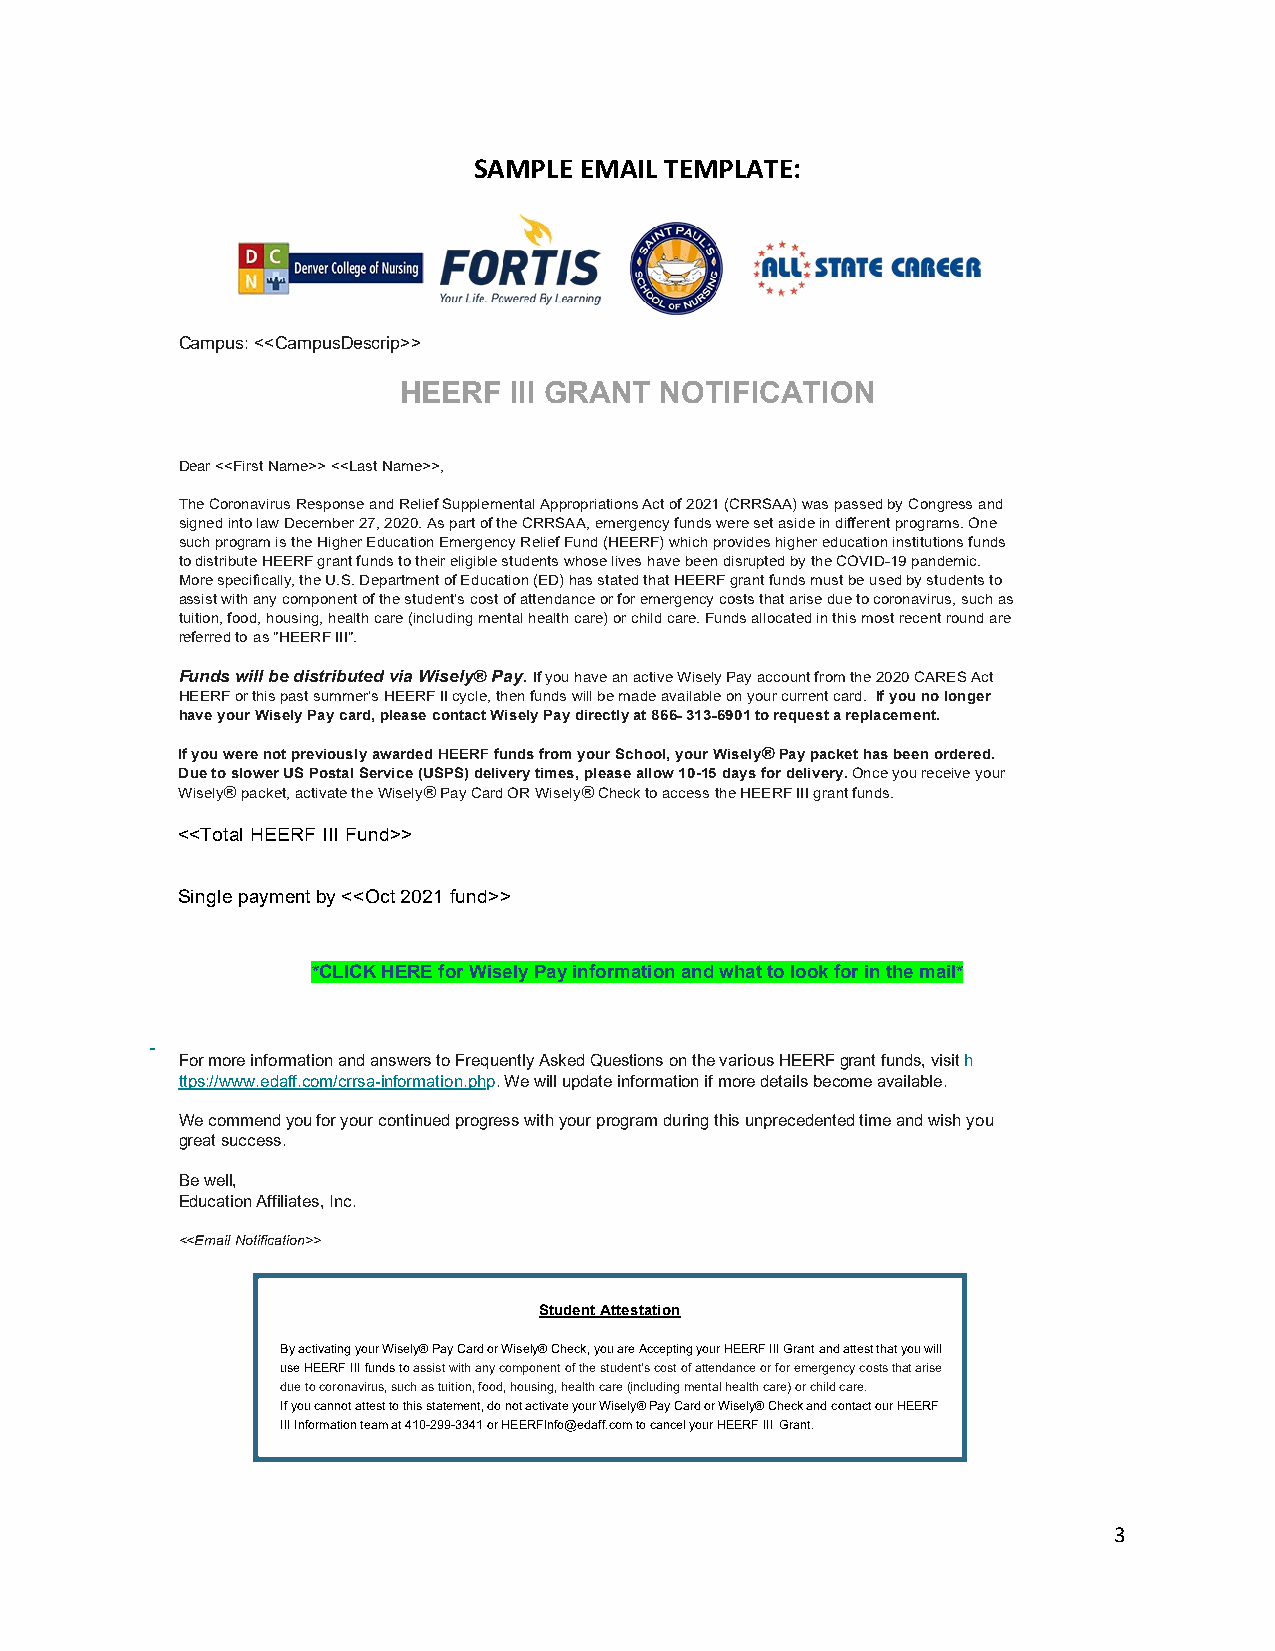
SAMPLE EMAIL TEMPLATE:
 Campus: <<CampusDescrip>>
 HEERF   III GRANT NOTIFICATION
 Dear <<First Name>> <<Last Name>>,
 The Coronavirus Response and Relief Supplemental Appropriations Act of 2021 (CRRSAA) was passed by Congress and
 signed into law December 27, 2020. As part of the CRRSAA, emergency funds were set aside in different programs. One
 such program is the Higher Education Emergency Relief Fund (HEERF) which provides higher education institutions funds
 to distribute HEERF grant funds to their eligible students whose lives have been disrupted by the COVID-19 pandemic.
 More specifically, the U.S. Department of Education (ED) has stated that HEERF grant funds must be used by students to
 assist with any component of the student’s cost of attendance or for emergency costs that arise due to coronavirus, such as
 tuition, food, housing, health care (including mental health care) or child care. Funds allocated in this most recent round are
 referred to as "HEERF III".
 Funds will be distributed via Wisely® Pay. If you have an active Wisely Pay account from the 2020 CARES Act
 HEERF or this past summer's HEERF II cycle, then funds will be made available on your current card. If you no longer
 have your Wisely Pay card, please contact Wisely Pay directly at 866‐ 313‐6901 to request a replacement.
 If you were not previously awarded HEERF funds from your School, your Wisely® Pay packet has been ordered.
 Due to slower US Postal Service (USPS) delivery times, please allow 10-15 days for delivery. Once you receive your
 Wisely® packet, activate the Wisely® Pay Card OR Wisely® Check to access the HEERF III grant funds.
 <<Total HEERF III Fund>>
 Single payment by <<Oct 2021 fund>>
 *CLICK HERE for Wisely Pay information and what to look for in the mail*
 For more information and answers to Frequently Asked Questions on the various HEERF grant funds, visit h
 ttps://www.edaff.com/crrsa-information.php. We will update information if more details become available.
 We commend you for your continued progress with your program during this unprecedented time and wish you
 great success.
 Be well,
 Education Affiliates, Inc.
 <<Email Notification>>
 S tudent Attestation
 By activating your Wisely® Pay Card or Wisely® Check, you are Accepting your HEERF III Grant and attest that you will
 use HEERF III funds to assist with any component of the student’s cost of attendance or for emergency costs that arise
 due to coronavirus, such as tuition, food, housing, health care (including mental health care) or child care.
 If you cannot attest to this statement, do not activate your Wisely® Pay Card or Wisely® Check and contact our HEERF
 III Information team at 410-299-3341 or HEERFInfo@edaff.com to cancel your HEERF III Grant.
 3